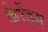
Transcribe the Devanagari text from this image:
कैरेंडस